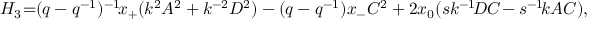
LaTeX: H _ { 3 } \! = \! \! ( q - q ^ { - 1 } ) ^ { - 1 } \! x _ { + } ( k ^ { 2 } A ^ { 2 } + k ^ { - 2 } D ^ { 2 } ) - ( q - q ^ { - 1 } ) x _ { - } C ^ { 2 } + 2 x _ { 0 } ( s k ^ { - 1 } \! D C \! - s ^ { - 1 } \! k A C ) ,